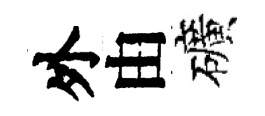
外由礦